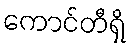
ကောင်တီရှိ